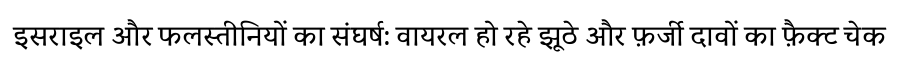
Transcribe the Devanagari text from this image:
इसराइल और फलस्तीनियों का संघर्ष: वायरल हो रहे झूठे और फ़र्जी दावों का फ़ैक्ट चेक